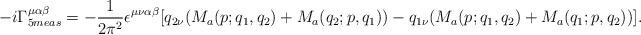
LaTeX: \begin{align*}-i\Gamma^{\mu\alpha\beta}_{5 meas}=-\frac{1}{2\pi^2}\epsilon^{\mu\nu\alpha\beta}[q_{2\nu}(M_a(p;q_1,q_2)+M_a(q_2;p,q_1))-q_{1\nu}(M_a(p;q_1,q_2)+M_a(q_1;p,q_2))].\end{align*}